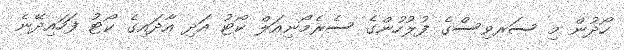
ހޯދުން މި ސަރވިސްގެ ފުލުހުންގެ ސެރެމޯނިއަލް ކޯޓު އަދި އާދައިގެ ކޯޓު ފަހައިދޭނެ